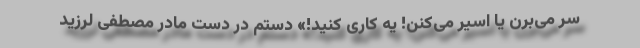
سر می‌برن یا اسیر می‌کنن! یه کاری کنید!» دستم در دست مادر مصطفی لرزید